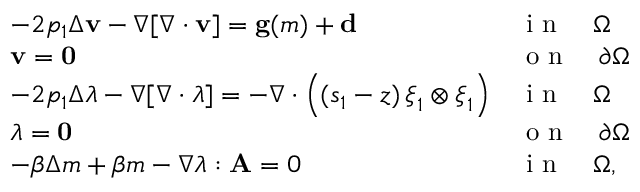
\begin{array} { l l } { - 2 p _ { 1 } \Delta \mathbf { v } - \nabla [ \nabla \cdot \mathbf { v } ] = \mathbf { g } ( m ) + \mathbf { d } } & { \textrm { i n } \quad \Omega } \\ { \mathbf { v } = \mathbf { 0 } } & { \textrm { o n } \quad \partial \Omega } \\ { - 2 p _ { 1 } \Delta \boldsymbol { \lambda } - \nabla [ \nabla \cdot \boldsymbol { \lambda } ] = - \nabla \cdot \Big ( ( s _ { 1 } - z ) \, \boldsymbol { \xi } _ { 1 } \otimes \boldsymbol { \xi } _ { 1 } \Big ) } & { \textrm { i n } \quad \Omega } \\ { \boldsymbol { \lambda } = \mathbf { 0 } } & { \textrm { o n } \quad \partial \Omega } \\ { - \beta \Delta m + \beta m - \nabla \boldsymbol { \lambda } : \mathbf { A } = 0 } & { \textrm { i n } \quad \Omega , } \end{array}